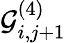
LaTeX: \mathcal{G}_{i,j+1}^{(4)}